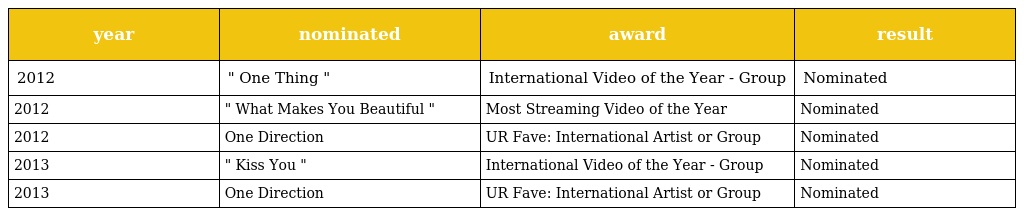
| year | nominated | award | result |
 | --- | --- | --- | --- |
 | 2012 | " One Thing " | International Video of the Year - Group | Nominated |
 | 2012 | " What Makes You Beautiful " | Most Streaming Video of the Year | Nominated |
 | 2012 | One Direction | UR Fave: International Artist or Group | Nominated |
 | 2013 | " Kiss You " | International Video of the Year - Group | Nominated |
 | 2013 | One Direction | UR Fave: International Artist or Group | Nominated |